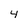
Character: 4